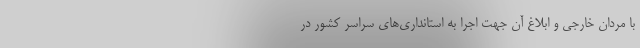
با مردان خارجی و ابلاغ آن جهت اجرا به استانداری‌های سراسر کشور در